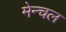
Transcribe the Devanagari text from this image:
मेन्चल